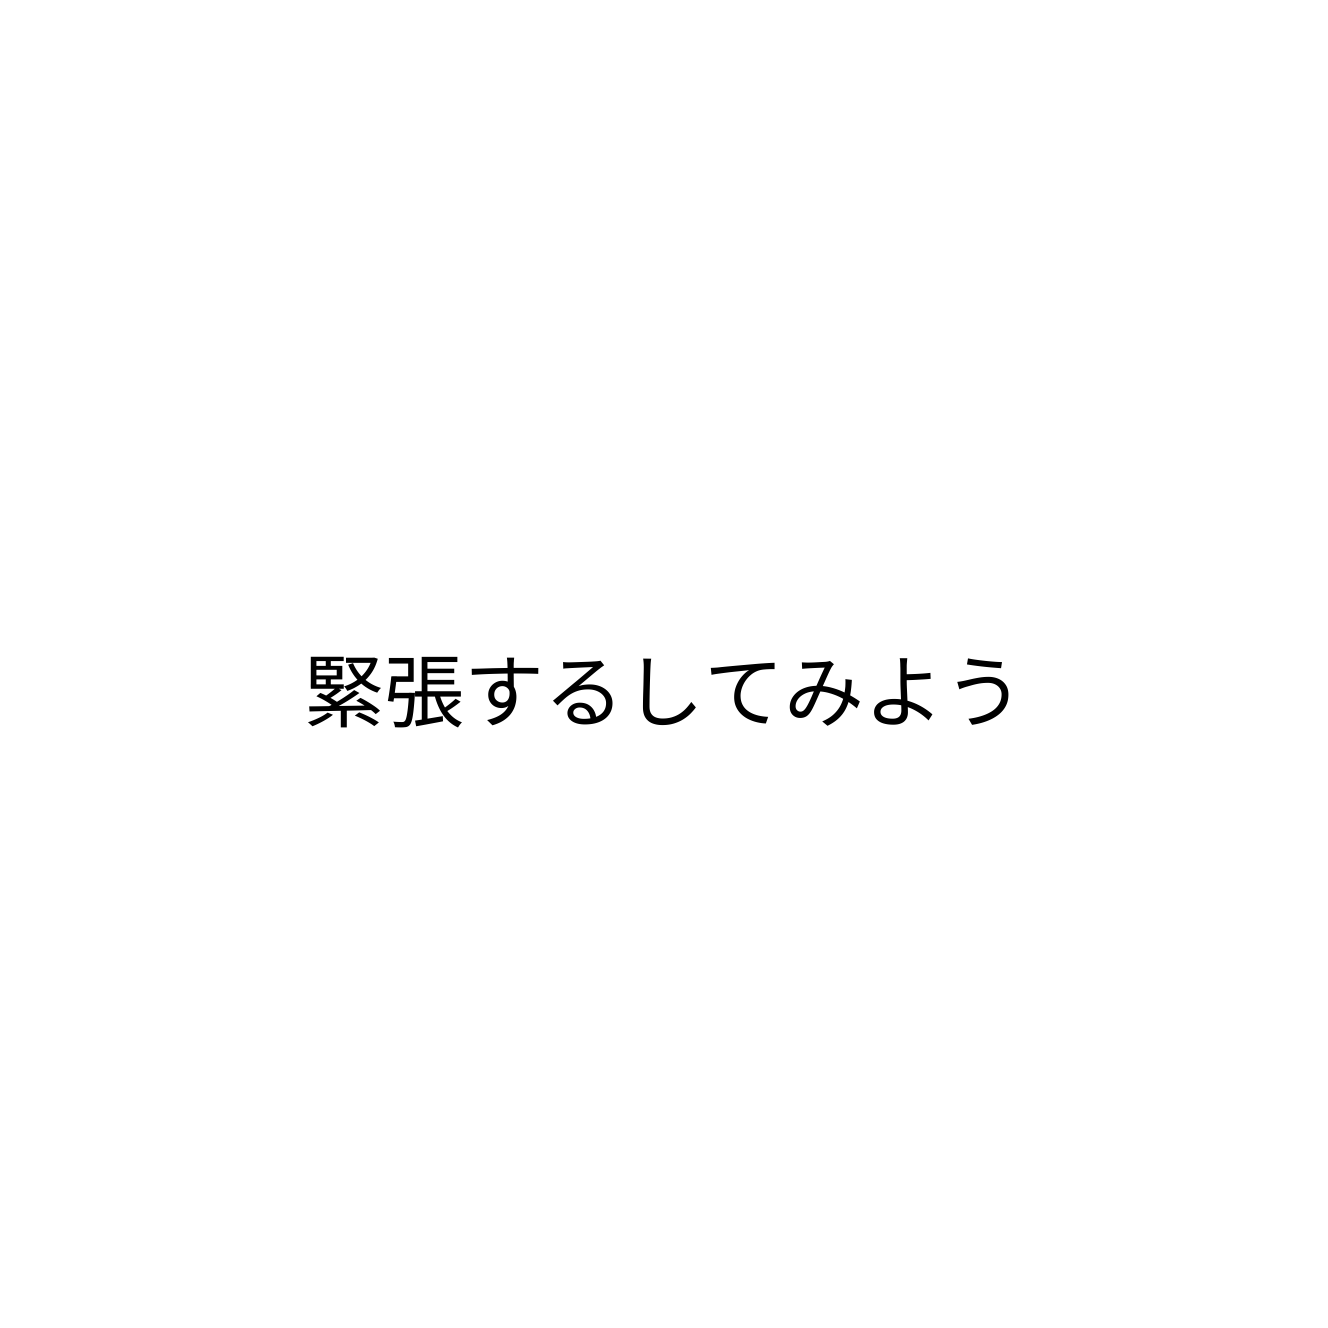
緊張するしてみよう